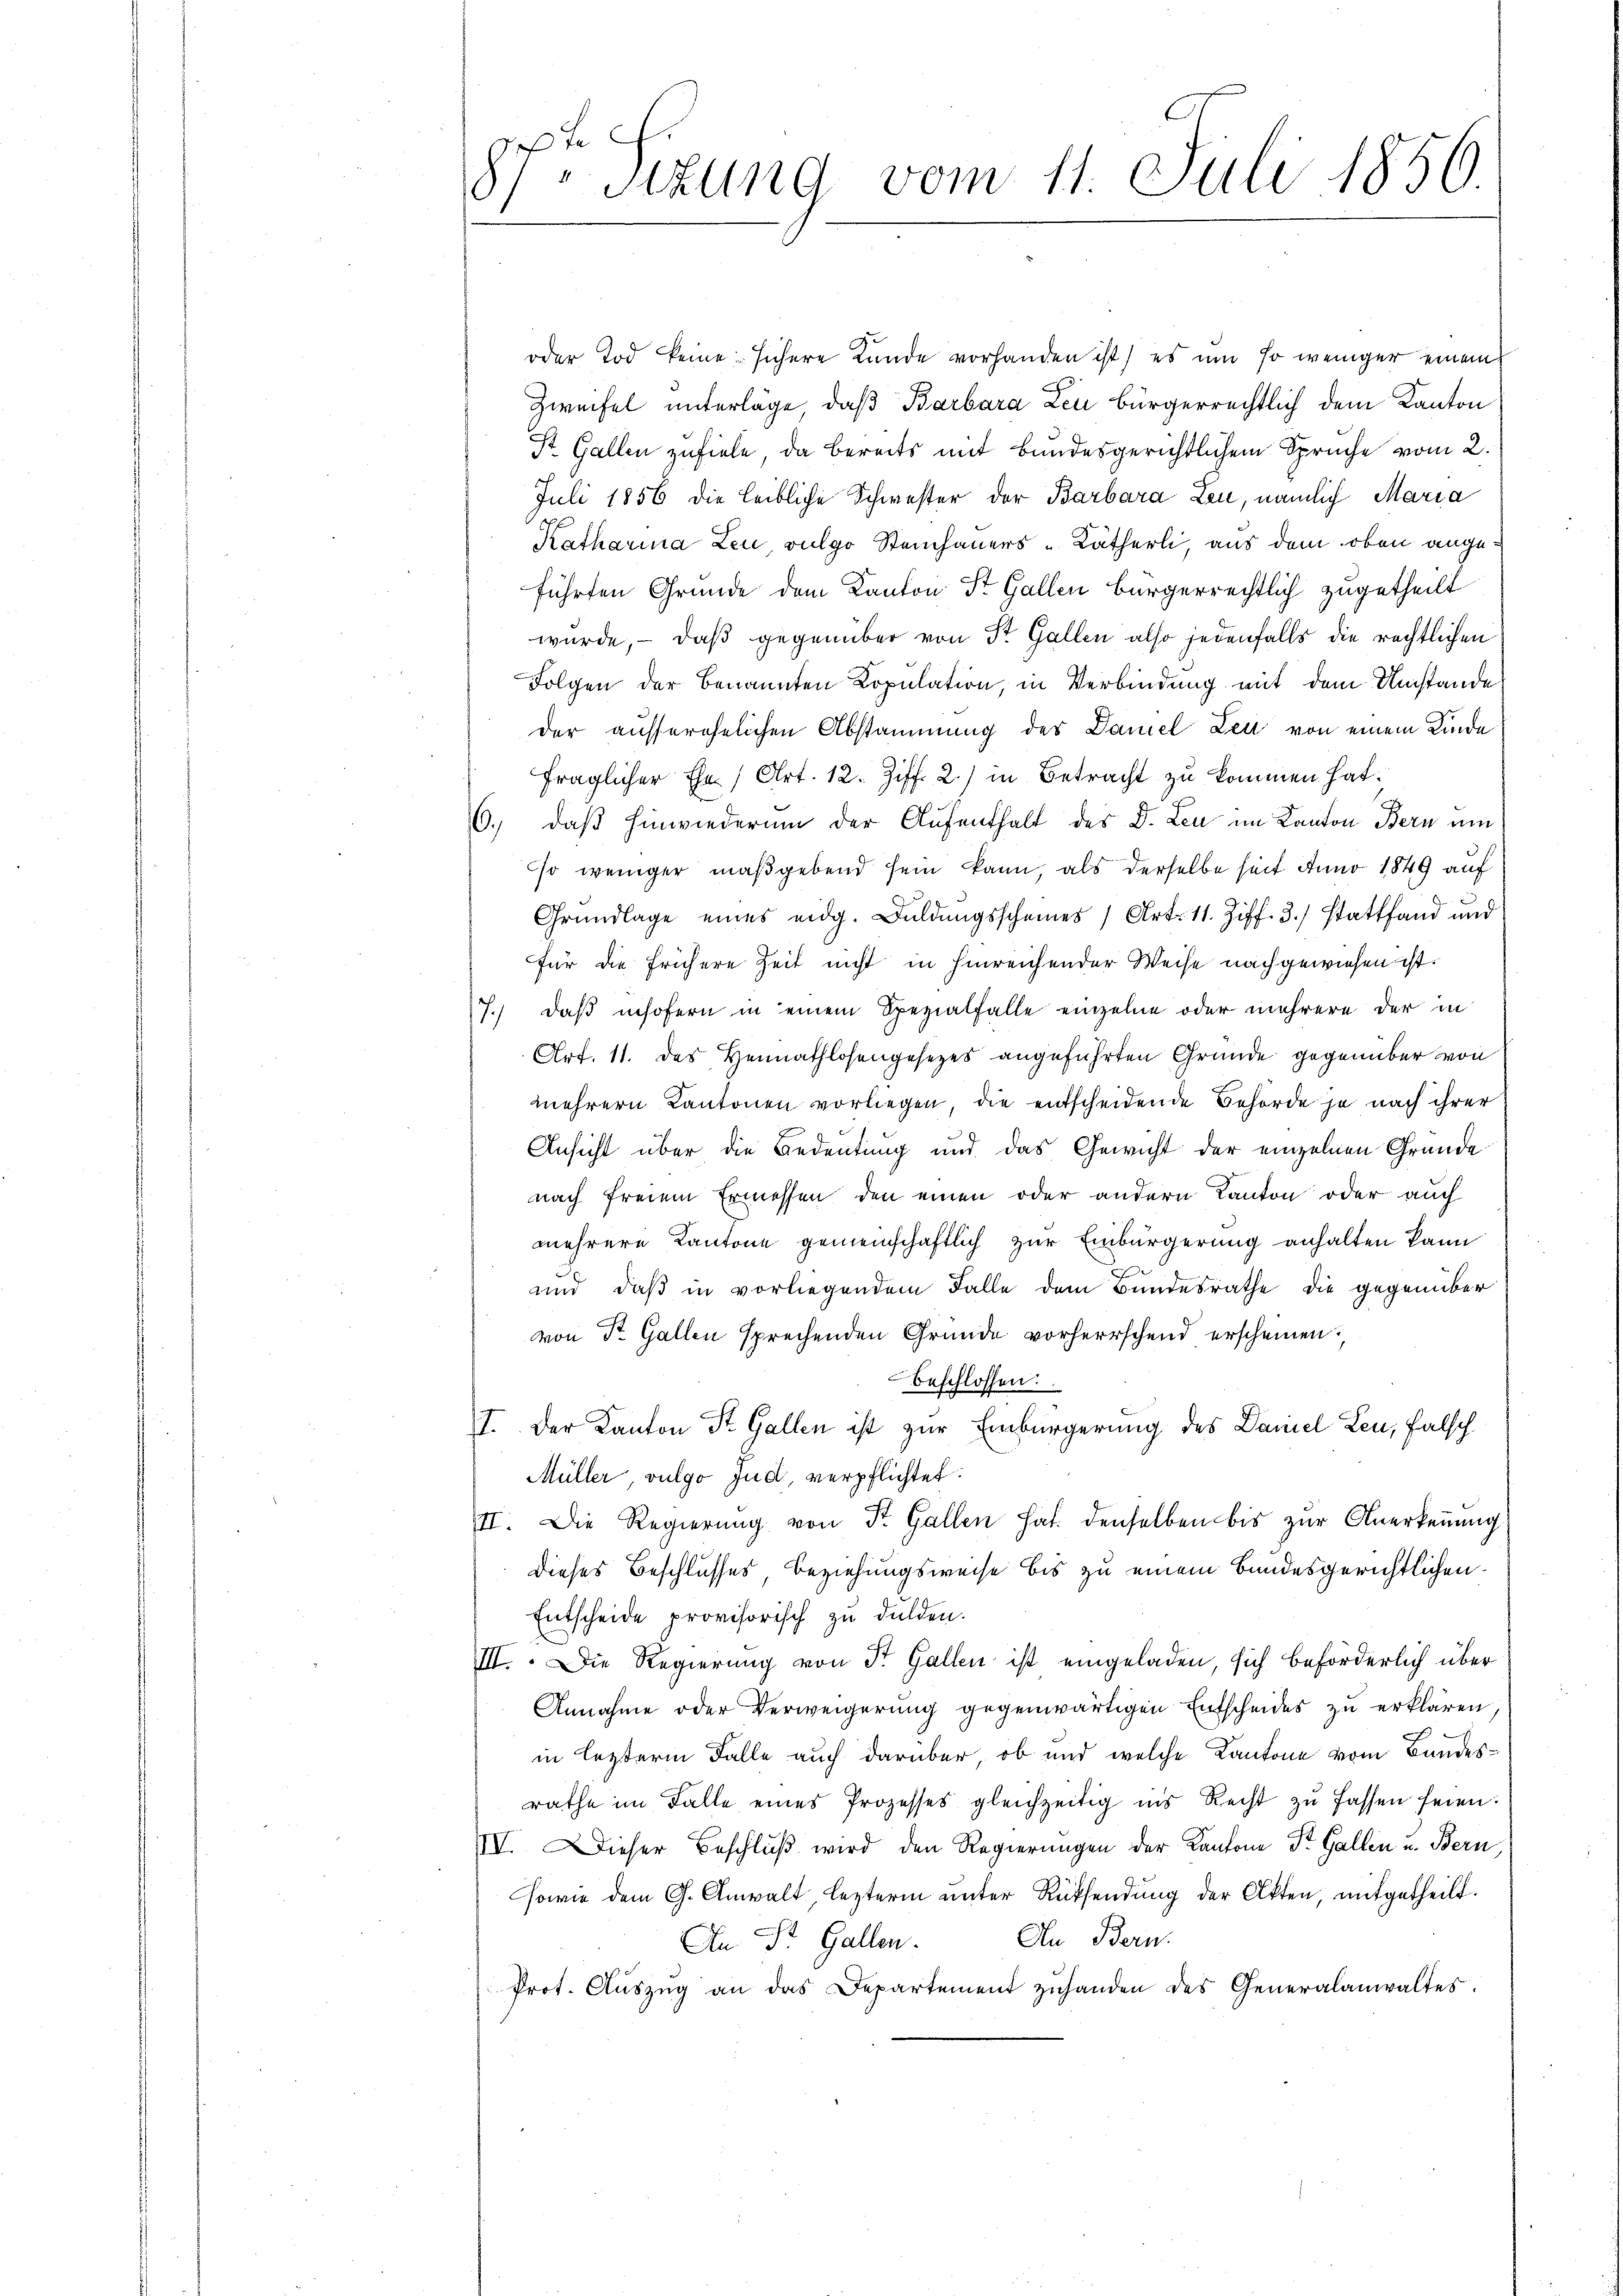
t
)sizung vom 11. Juli 1856.

oder Tod keine sichere Lande vorhanden ist, es um so weniger einem
Zweifel unterläge, daß Barbara Leu bürgerrechtlich dem Kanton
St. Gallen zufiele, da bereits mit bundesgerichtlichem Spruche vom 2.
Juli 1856 die leibliche Schwester der Barbara Leu, nämlich Maria
Katharina Leu vulgo Steinhauers-Kätherli, aus dem oben angeführten Grunde dem Kanton St. Gallen bürgerrechtlich zugetheilt
wurde, – daß gegenüber von Dr. Gallen also jedenfalls die rechtlichen
Folgen der benannten Kopulation, in Verbindung mit dem Umstände
der ausserehelichen Abstammung des Daniel Leu von einem Kinde
fraglicher Ehe (Art. 12. Ziff. 2.) in Betracht zu kommen hat.
6., daß hinwiederum der Aufenthalt des Dr. Leu im Kanton Bern um
so weniger maßgebend sein kann, als derselbe seit Anno 1849 auf
Grundlage eines eidg. Duldungsscheines (Art. 11. Ziff. 3.) Stattfand und
für die frühere Zeit nicht in hinreichender Weise nachgewiesen ist.
7.) Daß insofern in einem Spezialfalle einzelne oder mehrere der in
Art. 11. des Heimathlosengesezes angeführten Gründe gegenüber von
mehrern Kantonen vorliegen, die entscheidende Behörde je nach ihrer
Ansicht über die Bedeutung und das Gewicht der einzelnen Grunde
nach freiem Ermessen den einen oder andern Kanton oder auch
mehrere Kantone gemeinschaftlich zur Einbürgerung anhalten kann
und, daβ in vorliegendem Falle dem Bundesrathe die gegenüber
von Dr. Gallen sprechenden Gründe vorherrschend erscheinen,
beschlossen:
II. Der Kanton St. Gallen ist zur Einbürgerung des Daniel Leu, falsch
Müller vulgo Jud, verpflichtet.
II. Die Regierung von St. Gallen hat. denselben bis zur Anerkennung
dieses Beschlusses, Beziehungsweise bis zu einem Bundesgerichtlichen.
Entscheide provisorisch zu dulden.
III. Die Regierung von St. Gallen ist eingeladen, sich beförderlich über
Annahme oder Verweigerung gegenwärtigen Entscheides zu erklären
in lezterm Falle auch darüber, ob und welche Kantone vom Bundesrathe im Falle eines Prozesses gleichzeitig ins Recht zu fassen seien.
IV. Dieser Beschluß wird den Regierungen der Kantone Dr. Gallen u. Bern
sowie dem G. Anwalt lezterm unter Rücksendung der Akten, mitgetheilt.
An Bern.
An Dr. Gallen.
Prot. Aŭszŭg an das Departement zŭhanden des Generalanwaltes.